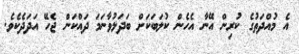
އެ މުއްދަތުގެ ކުރިން އޭނާ އެހެން ކުލަބަކަށް ބަަދަލުވާނަމަ ދައްކަން ޖެހޭ އަދަދެކެވެ.